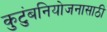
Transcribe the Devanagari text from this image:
कुटुंबनियोजनासाठी